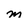
Character: m